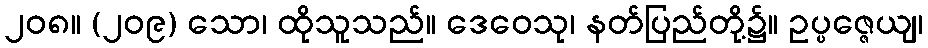
၂၀၈။ (၂၀၉) သော၊ ထိုသူသည်။ ဒေဝေသု၊ နတ်ပြည်တို့၌။ ဥပ္ပဇ္ဇေယျ၊